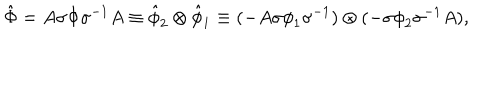
{ \hat { \Phi } } = A \sigma { \Phi } { \sigma } ^ { - 1 } A \equiv { \hat { \phi } } _ { 2 } \otimes { \hat { \phi } } _ { 1 } \equiv ( - A \sigma { \phi } _ { 1 } { \sigma } ^ { - 1 } ) \otimes ( - \sigma { \phi } _ { 2 } { \sigma } ^ { - 1 } A ) ,